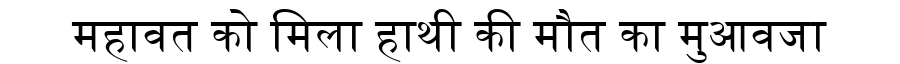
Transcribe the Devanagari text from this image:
महावत को मिला हाथी की मौत का मुआवजा